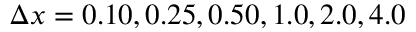
\Delta x = 0 . 1 0 , 0 . 2 5 , 0 . 5 0 , 1 . 0 , 2 . 0 , 4 . 0